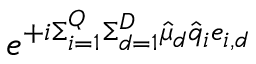
e ^ { + i \Sigma _ { i = 1 } ^ { Q } \Sigma _ { d = 1 } ^ { D } \hat { \mu } _ { d } \hat { q } _ { i } e _ { i , d } }